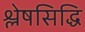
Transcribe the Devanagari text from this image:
श्लेषसिद्धि